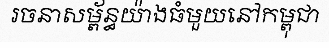
រចនាសម្ព័ន្ធយ៉ាងធំមួយនៅកម្ពុជា